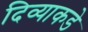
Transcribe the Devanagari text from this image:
दिव्याकडे